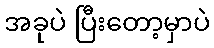
အခုပဲ ပြီးတော့မှာပဲ